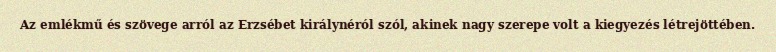
Az emlékmű és szövege arról az Erzsébet királynéról szól, akinek nagy szerepe volt a kiegyezés létrejöttében.